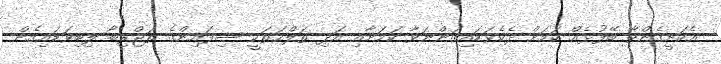
އެކަށީގެންވާ ބޭފުޅެއް ކަމަށް ދެކެވަޑައިގަންނަވާ ކަމަށާއި އަދި ޠަލްޙަތަކީ ސިފައިންގެ ތަޖްރިބާ ލިބިވަޑައިގެން